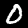
Digit: 0